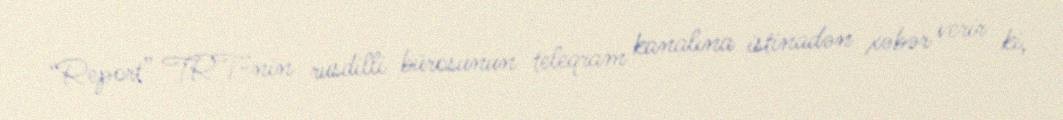
“Report” TRT-nin rusdilli bürosunun teleqram kanalına istinadən xəbər verir ki,